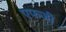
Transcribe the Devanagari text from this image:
एफजी